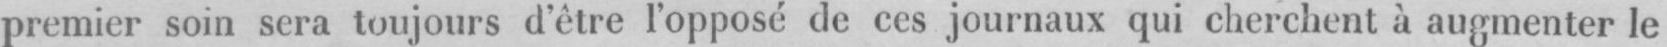
premier soin sera toujours d’être l’opposé de ces journaux qui cherchent à augmenter le